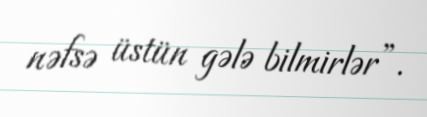
nəfsə üstün gələ bilmirlər”.